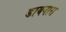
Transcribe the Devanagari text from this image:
डायनारा